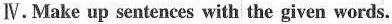
Ⅳ.Make up sentences with the given words.